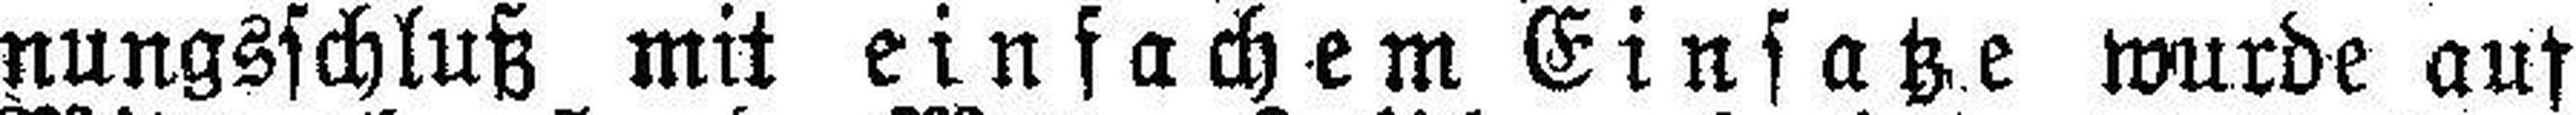
nungsschluß mit einfachem Einsatze wurde auf